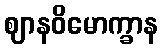
ဈာနဝိမောက္ခာန